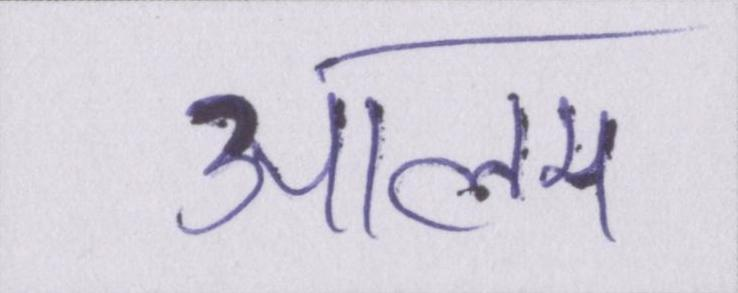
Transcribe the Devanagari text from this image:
आलम